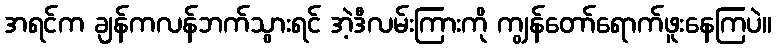
အရင်က ချန်ကလန်ဘက်သွားရင် အဲ့ဒီလမ်းကြားကို ကျွန်တော်ရောက်ဖူးနေကြပဲ။